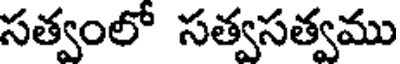
సత్వంలో సత్వసత్వము